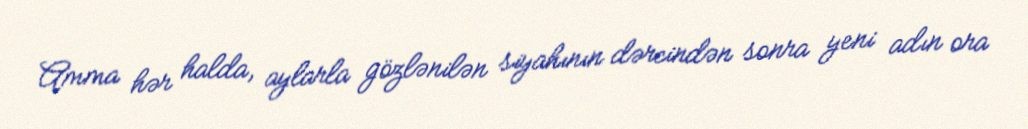
Amma hər halda, aylarla gözlənilən siyahının dərcindən sonra yeni adın ora